Indian journal of veterinary science and animal husbandry - Volumes 18-21, 1948-1951
Year: 1948
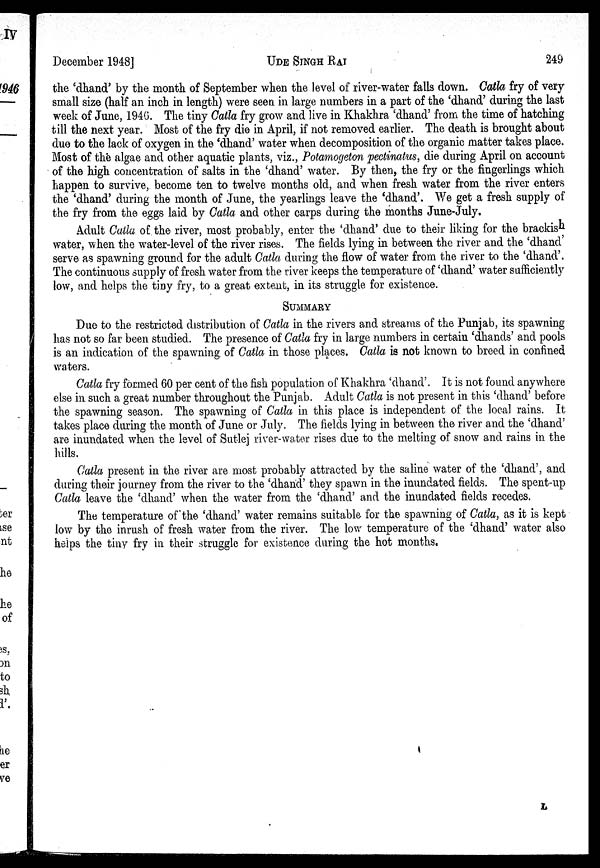
December 1948]
UDE
SINGH
RAI
249
the 'dhand' by the month of September when the level of river-water falls down. Catla fry of very
small size (half an inch in length) were seen in large numbers in a part of the 'dhand' during the last
week of June, 1946. The tiny Catla fry grow and live in Khakhra 'dhand' from the time of hatching
till the next year. Most of the fry die in April, if not removed earlier. The death is brought about
due to the lack of oxygen in the 'dhand' water when decomposition of the organic matter takes place.
Most of the algae and other aquatic plants, viz., Potamogeton pectinatus, die during April on account
of the high concentration of salts in the 'dhand' water. By then, the fry or the fingerlings which
happen to survive, become ten to twelve months old, and when fresh water from the river enters
the 'dhand' during the month of June, the yearlings leave the 'dhand'. We get a fresh supply of
the fry from the eggs laid by Catla and other carps during the months June-July.
Adult Catla of the river, most probably, enter the 'dhand' due to their liking for the brackish
water, when the water-level of the river rises. The fields lying in between the river and the 'dhand'
serve as spawning ground for the adult Catla during the flow of water from the river to the 'dhand'.
The continuous supply of fresh water from the river keeps the temperature of 'dhand' water sufficiently
low, and helps the tiny fry, to a great extent, in its struggle for existence.
SUMMARY
Due to the restricted distribution of Catla in the rivers and streams of the Punjab, its spawning
has not so far been studied. The presence of Catla fry in large numbers in certain 'dhands' and pools
is an indication of the spawning of Catla in those places. Catla is not known to breed in confined
waters.
Catla fry formed 60 per cent of the fish population of Khakhra 'dhand'. It is not found anywhere
else in such a great number throughout the Punjab. Adult Catla is not present in this 'dhand' before
the spawning season. The spawning of Catla in this place is independent of the local rains. It
takes place during the month of June or July. The fields lying in between the river and the 'dhand'
are inundated when the level of Sutlej river-water rises due to the melting of snow and rains in the
hills.
Catla present in the river are most probably attracted by the saline water of the 'dhand', and
during their journey from the river to the 'dhand' they spawn in the inundated fields. The spent-up
Catla leave the 'dhand' when the water from the 'dhand' and the inundated fields recedes.
The temperature of the 'dhand' water remains suitable for the spawning of Catla, as it is kept
low by the inrush of fresh water from the river. The low temperature of the 'dhand' water also
helps the tiny fry in their struggle for existence during the hot months.